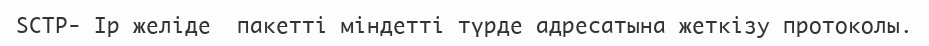
SCTP- Ip желіде  пакетті міндетті түрде адресатына жеткізу протоколы.